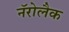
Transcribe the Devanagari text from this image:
नॅरोलैक